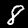
Digit: 8